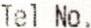
TEL NO.